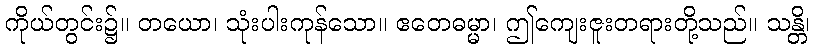
ကိုယ်တွင်း၌။ တယော၊ သုံးပါးကုန်သော။ ဧတေဓမ္မာ၊ ဤကျေးဇူးတရားတို့သည်။ သန္တိ၊